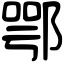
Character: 鄂